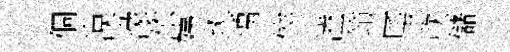
個漠濛依姨斑瑀俟溘笻厜欣儲